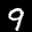
Digit: 9